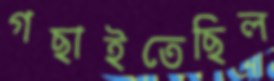
গছাইতেছিল